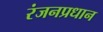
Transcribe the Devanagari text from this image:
रंजनप्रधान